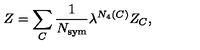
Z = \sum _ { C } \frac { 1 } { N _ { \mathrm { \tiny s y m } } } \lambda ^ { N _ { 4 } ( C ) } Z _ { C } ,